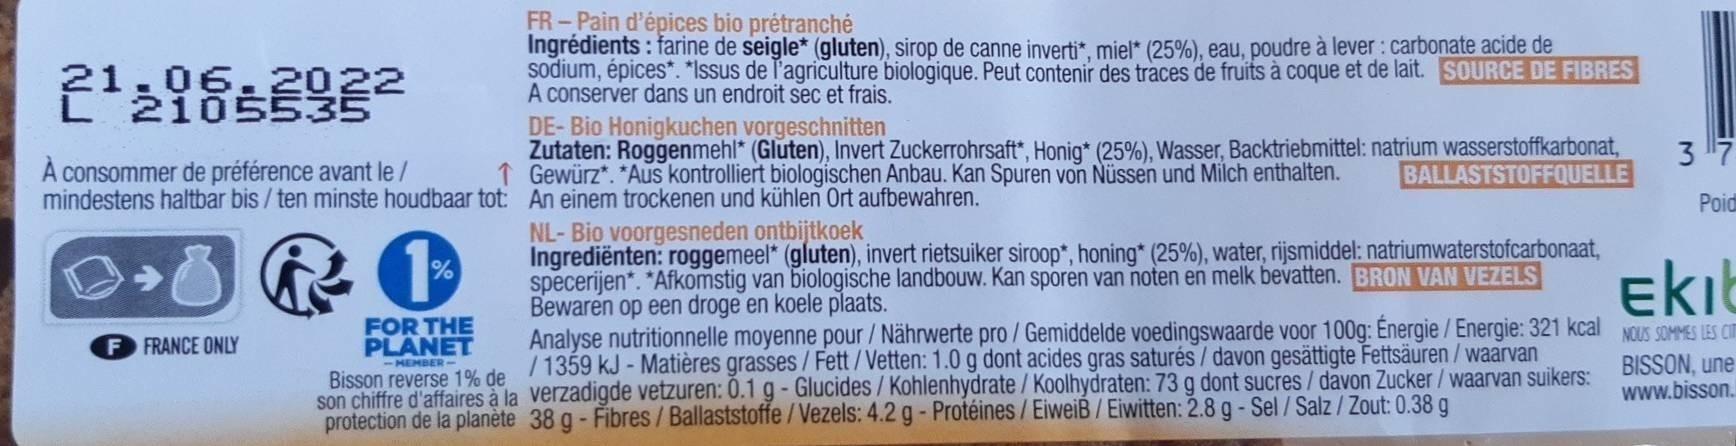
FR-Pain d'épices bio prétranché Ingrédients: farine de seigle* (gluten), sirop de canne inverti", miel* (25%), eau, poudre à lever : carbonate acide de sodium, épices*. "Issus de l'agriculture biologique. Peut contenir des traces de fruits à coque et de lait. SOURCE DE FIBRES A conserver dans un endroit sec et frais. DE- Bio Honigkuchen vorgeschnitten Zutaten: Roggenmehl* (Gluten), Invert Zuckerrohrsaft“, Honig* (25%), Wasser, Backtriebmittel: natrium wasserstoffkarbonat, ↑ Gewürz*. "Aus kontrolliert biologischen Anbau. Kan Spuren von Nüssen und Milch enthalten.
21.06.2022
3 7
consommer de préférence avant le / mindestens haltbar bis / ten minste houdbaar tot: An einem trockenen und kühlen Ort aufbewahren.
BALLASTSTOFFQUELLE
Poid
NL- Bio voorgesneden ontbijtkoek Ingrediënten: roggemeel* (gluten), invert rietsuiker siroop*, honing* (25%), water, rijsmiddel: natriumwaterstofcarbonaat, specerijen*. *Afkomstig van biologische landbouw. Kan sporen van noten en melk bevatten. BRON VAN VEZELS Bewaren op een droge en koele plaats. Analyse nutritionnelle moyenne pour / Nährwerte pro / Gemiddelde voedingswaarde voor 100g: Energie /Energie: 321 kcal NOUS SOMMES LES Cm
ekib
FOR THE PLANET Bisson reverse 19 de /1359 kJ - Matières grasses/Fett/Vetten: 1.0 g dont acides gras saturés/ davon gesättigte Fettsäuren / waarvan son chiffre d'affaires à la verzadigde vetzuren: 0.1 g - Glucides / Kohlenhydrate / Koolhydraten: 73 g dont sucres/davon Zucker/ waarvan suikers: protection de la planète 38 g - Fibres/Ballaststoffe/ Vezels: 4.2 g - Protéines/EiweiB/Eiwitten: 2.8 g - Sel / Salz / Zout: 0.38 g
F FRANCE ONLY
BISSON, une www.bisson.
-MEMBER